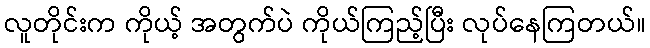
လူတိုင်းက ကိုယ့် အတွက်ပဲ ကိုယ်ကြည့်ပြီး လုပ်နေကြတယ်။